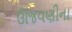
ઊજવણીના